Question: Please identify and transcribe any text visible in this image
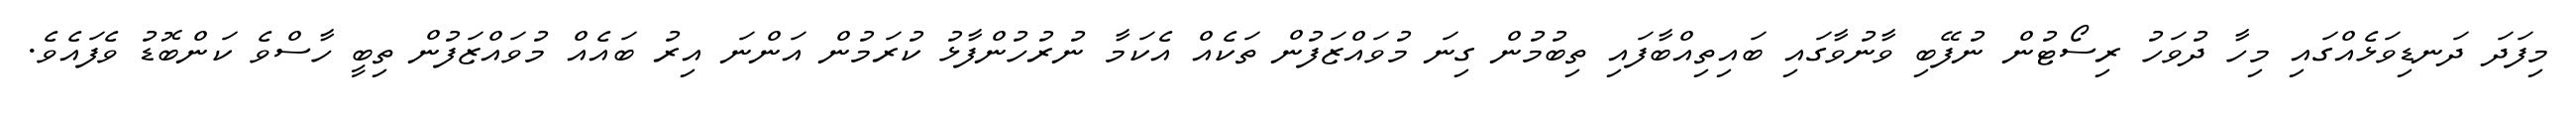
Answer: މިފަދަ ދަނޑިވަޅެއްގައި މިހާ ދުވަހު ރިސޯޓުން ނުފޭބި ވާނުވާގައި ބައިތިއްބާފައި ތިބުމުން ގިނަ މުވައްޒަފުން ތަކެއް އެކަމާ ނުރުހުންފާޅު ކުރަމުން އަންނަ އިރު ބައެއް މުވައްޒަފުން ތިބީ ހާސްވެ ކަންބޮޑު ވެފައެވެ.